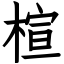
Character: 楦